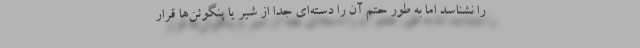
را نشناسد اما به طور حتم آن را دسته‌ای جدا از شیر یا پنگوئن‌ها قرار